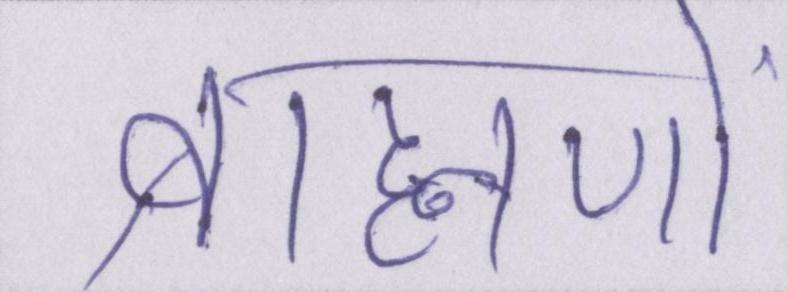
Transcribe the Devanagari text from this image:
ब्राह्मणों